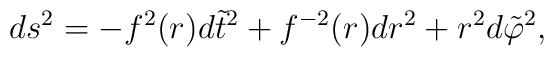
ds^{2}=-f^{2}(r)d\tilde{t}^{2}+f^{-2}(r)dr^{2}+r^{2}d\tilde{\varphi}^{2},